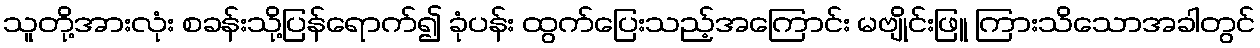
သူတို့အားလုံး စခန်းသို့ပြန်ရောက်၍ ခုံပန်း ထွက်ပြေးသည့်အကြောင်း မဗျိုင်းဖြူ ကြားသိသောအခါတွင်